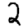
Digit: 2